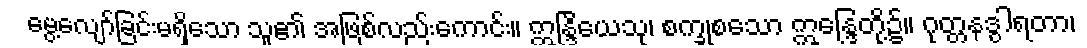
မွေ့လျော်ခြင်းမရှိသော သူ၏ အဖြစ်လည်းကောင်း။ ဣန္ဒြိယေသု၊ စက္ခုစသော ဣန္ဒြေတို့၌။ ဂုတ္တနဒွါရတာ၊